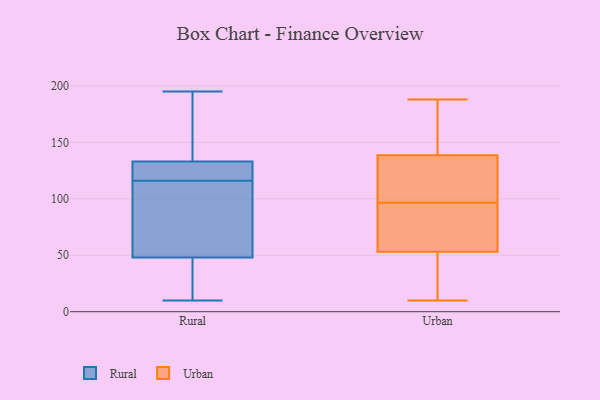
{"axis": {"x": "Energy Usage (MWh)", "y": "Value"}, "legend": ["Rural", "Urban"], "data": [{"x": "", "y": 33, "type": "Rural"}, {"x": "", "y": 10, "type": "Rural"}, {"x": "", "y": 51, "type": "Rural"}, {"x": "", "y": 133, "type": "Rural"}, {"x": "", "y": 121, "type": "Rural"}, {"x": "", "y": 179, "type": "Rural"}, {"x": "", "y": 92, "type": "Rural"}, {"x": "", "y": 48, "type": "Rural"}, {"x": "", "y": 155, "type": "Rural"}, {"x": "", "y": 120, "type": "Rural"}, {"x": "", "y": 112, "type": "Rural"}, {"x": "", "y": 18, "type": "Rural"}, {"x": "", "y": 195, "type": "Rural"}, {"x": "", "y": 132, "type": "Rural"}, {"x": "", "y": 92, "type": "Urban"}, {"x": "", "y": 136, "type": "Urban"}, {"x": "", "y": 23, "type": "Urban"}, {"x": "", "y": 150, "type": "Urban"}, {"x": "", "y": 117, "type": "Urban"}, {"x": "", "y": 141, "type": "Urban"}, {"x": "", "y": 72, "type": "Urban"}, {"x": "", "y": 146, "type": "Urban"}, {"x": "", "y": 71, "type": "Urban"}, {"x": "", "y": 76, "type": "Urban"}, {"x": "", "y": 17, "type": "Urban"}, {"x": "", "y": 103, "type": "Urban"}, {"x": "", "y": 101, "type": "Urban"}, {"x": "", "y": 188, "type": "Urban"}, {"x": "", "y": 10, "type": "Urban"}, {"x": "", "y": 35, "type": "Urban"}]}